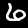
Digit: 6